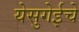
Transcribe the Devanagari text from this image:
येसुगेईचे